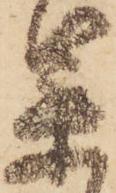
果